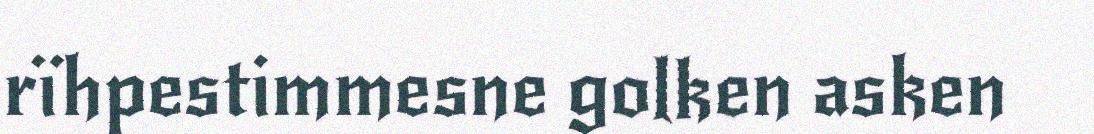
rïhpestimmesne golken asken